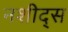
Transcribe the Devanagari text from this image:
नशीद्स